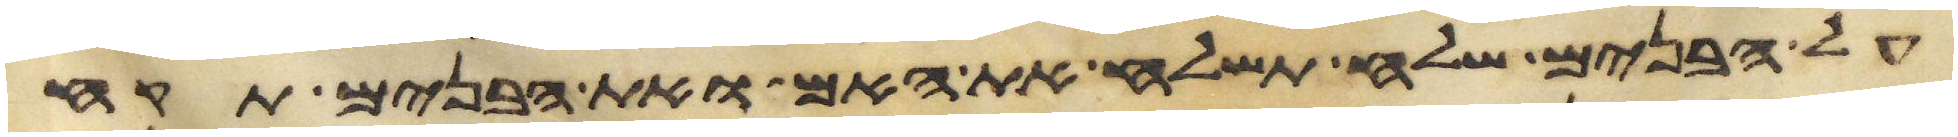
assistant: על הבנים שלח תשלח את האם ואת הבנים תקח